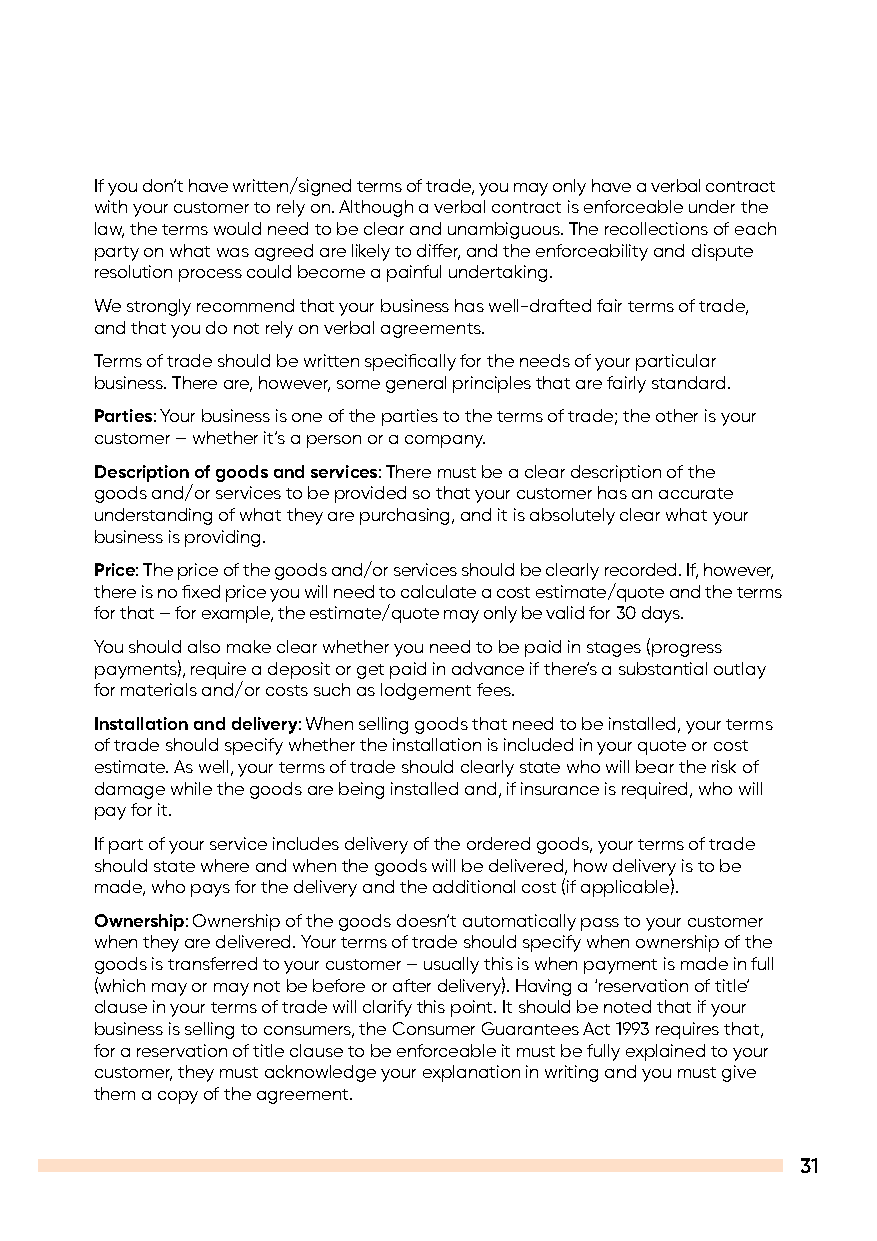
If you don’t have written/signed terms of trade, you may only have a verbal contract
 with your customer to rely on. Although a verbal contract is enforceable under the
 law, the terms would need to be clear and unambiguous. The recollections of each
 party on what was agreed are likely to differ, and the enforceability and dispute
 resolution process could become a painful undertaking.
 We strongly recommend that your business has well-drafted fair terms of trade,
 and that you do not rely on verbal agreements.
 Terms of trade should be written specifically for the needs of your particular
 business. There are, however, some general principles that are fairly standard.
 Parties: Your business is one of the parties to the terms of trade; the other is your
 customer – whether it’s a person or a company.
 Description of goods and services: There must be a clear description of the
 goods and/or services to be provided so that your customer has an accurate
 understanding of what they are purchasing, and it is absolutely clear what your
 business is providing.
 Price: The price of the goods and/or services should be clearly recorded. If, however,
 there is no fixed price you will need to calculate a cost estimate/quote and the terms
 for that – for example, the estimate/quote may only be valid for 30 days.
 You should also make clear whether you need to be paid in stages (progress
 payments), require a deposit or get paid in advance if there’s a substantial outlay
 for materials and/or costs such as lodgement fees.
 Installation and delivery: When selling goods that need to be installed, your terms
 of trade should specify whether the installation is included in your quote or cost
 estimate. As well, your terms of trade should clearly state who will bear the risk of
 damage while the goods are being installed and, if insurance is required, who will
 pay for it.
 If part of your service includes delivery of the ordered goods, your terms of trade
 should state where and when the goods will be delivered, how delivery is to be
 made, who pays for the delivery and the additional cost (if applicable).
 Ownership: Ownership of the goods doesn’t automatically pass to your customer
 when they are delivered. Your terms of trade should specify when ownership of the
 goods is transferred to your customer – usually this is when payment is made in full
 (which may or may not be before or after delivery). Having a ‘reservation of title’
 clause in your terms of trade will clarify this point. It should be noted that if your
 business is selling to consumers, the Consumer Guarantees Act 1993 requires that,
 for a reservation of title clause to be enforceable it must be fully explained to your
 customer, they must acknowledge your explanation in writing and you must give
 them a copy of the agreement.
 31